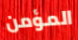
المؤمن